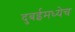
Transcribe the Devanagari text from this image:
दुबईमध्येच